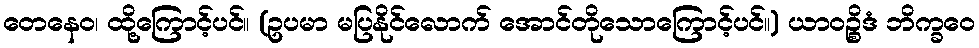
တေနေဝ၊ ထို့ကြောင့်ပင်။ (ဥပမာ မပြနိုင်လောက် အောင်တိုသောကြောင့်ပင်။) ယာဝဉ္စိဒံ ဘိက္ခဝေ